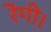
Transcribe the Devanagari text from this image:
रेंगी।